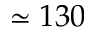
\simeq 1 3 0